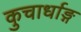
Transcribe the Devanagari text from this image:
कुचार्धाङ्ग